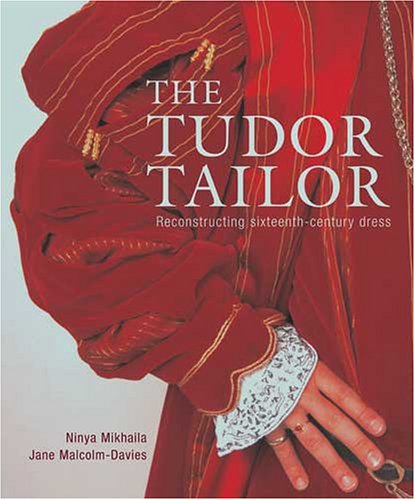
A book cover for The Tudor Tailor: Reconstructing Sixteenth-Century Dress; Ninya Mikhaila; Humor & Entertainment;